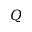
Q